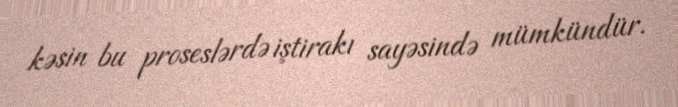
kəsin bu proseslərdə iştirakı sayəsində mümkündür.